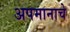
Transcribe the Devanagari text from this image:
अपमानाचे